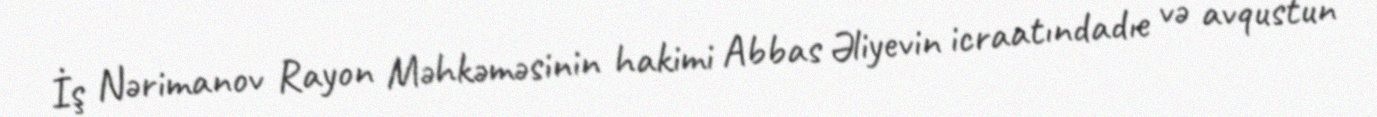
İş Nərimanov Rayon Məhkəməsinin hakimi Abbas Əliyevin icraatındadıe və avqustun